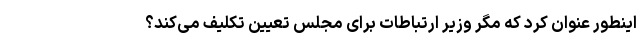
اینطور عنوان کرد که مگر وزیر ارتباطات برای مجلس تعیین تکلیف می‌کند؟